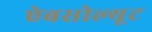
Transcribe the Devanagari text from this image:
ऐबसोल्यूट